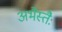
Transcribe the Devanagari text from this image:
अभैस्तैः